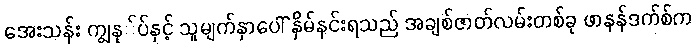
အေးသန်း ကျွနု်ပ်နှင့် သူမျက်နှာပေါ် နှိမ်နင်းရသည် အချစ်ဇာတ်လမ်းတစ်ခု ဖာနန်ဒက်စ်က